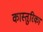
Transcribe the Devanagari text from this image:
कास्तुरिका